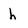
Character: h